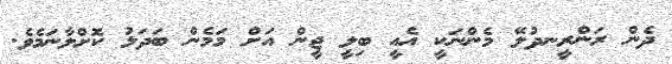
ދެން ރަންރީނދުލޭ މެންނަކީ އެއީ ބިލީ ޖީން އަށް މަމެން ބަދަލު ކޮށްލާނަމެވެ.